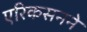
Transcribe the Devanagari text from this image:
एरिकसनने